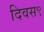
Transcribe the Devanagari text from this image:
दिवस९